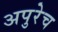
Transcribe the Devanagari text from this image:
अपुरेच